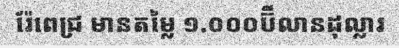
រ៉ែពេជ្រ មានតម្លៃ ១.០០០ប៊ីលានដុល្លារ